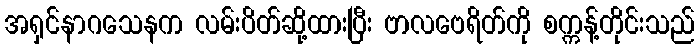
အရှင်နာဂသေနက လမ်းပိတ်ဆို့ထားပြီး ဗာလဗေရိတ်ကို စက္ကန့်တိုင်းသည်